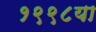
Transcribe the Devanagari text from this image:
१९९८या